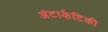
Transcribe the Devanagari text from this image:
अंटार्कटिकी